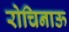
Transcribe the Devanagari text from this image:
रोचिनाऊ